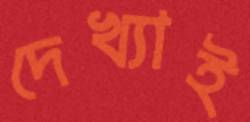
দেখ্যাই